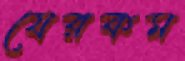
যেরকম